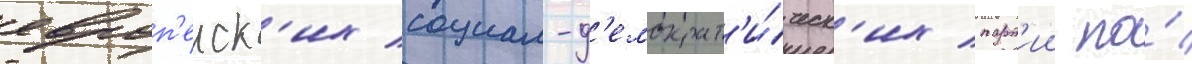
европ'еиск'их социал-д'емократ'и́ческ'их парт'ии по́